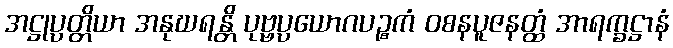
အဋ္ဌုပ္ပတ္တိယာ အနုဃရန္တိ ပုဗ္ဗပ္ပယောဂပဉ္စကံ ဝစနပူဇနတ္ထံ အာရက္ခဋ္ဌာနံ